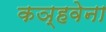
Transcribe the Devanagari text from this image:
कञ्हवेना